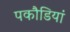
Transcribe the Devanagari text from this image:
पकौडियां